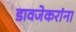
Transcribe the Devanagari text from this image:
डावजेकरांना